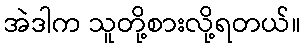
အဲဒါက သူတို့စားလို့ရတယ်။